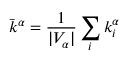
\bar { k } ^ { \alpha } = \frac { 1 } { | V _ { \alpha } | } \sum _ { i } { k _ { i } ^ { \alpha } }